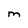
Character: M